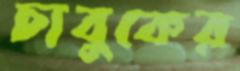
চাবুকের